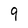
Character: 9